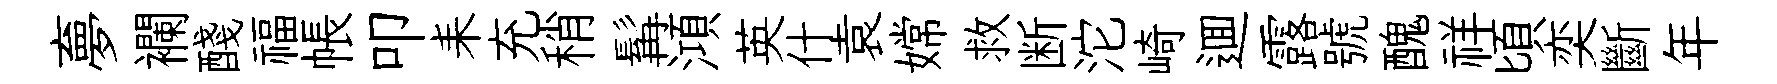
夣襴醆福帳叩耒充稍髯澒英什袁嫦救断沱崎逥露號醜祥頃奕斷年